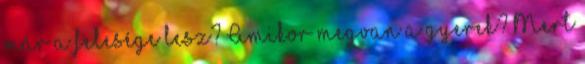
már a felesége lesz? Amikor megvan a gyerek? Mert